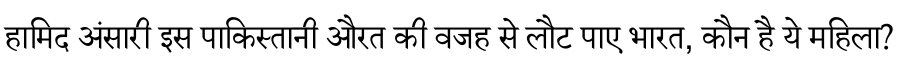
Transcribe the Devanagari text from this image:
हामिद अंसारी इस पाकिस्तानी औरत की वजह से लौट पाए भारत, कौन है ये महिला?